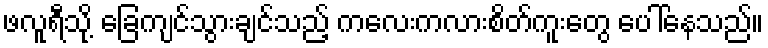
ဖလူရီသို့ ခြေကျင်သွားချင်သည့် ကလေးကလားစိတ်ကူးတွေ ပေါ်နေသည်။